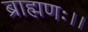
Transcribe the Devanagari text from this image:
ब्राह्मणः।।